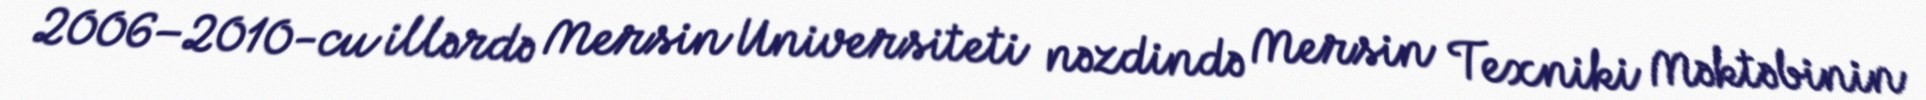
2006–2010-cu illərdə Mersin Universiteti nəzdində Mersin Texniki Məktəbinin